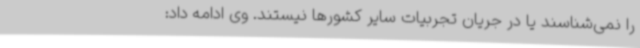
را نمی‌شناسند یا در جریان تجربیات سایر کشورها نیستند. وی ادامه داد: